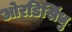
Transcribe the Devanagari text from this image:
ओरडिसिंधु